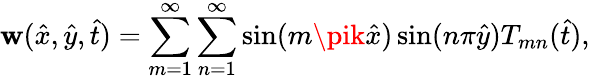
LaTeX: \mathbf{w}(\hat{{x}},\hat{{y}},\hat{{t}})=\sum_{m=1}^{\infty}\sum_{n=1}^{\infty}\sin(m\pik\hat{{x}})\sin(n\pi\hat{{y}}){T}_{mn}(\hat{{t}}),